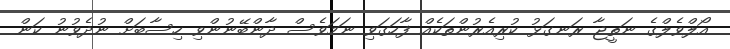
އޯލްވެލްގެ ނަތީޖާ ރަނގަޅު ކުރިއެރުންތަކެއް ފާހަގަވި ނަމަވެސް ދާންބޭނުންވި ހިސާބަށް ނުދެވުނު ކަން